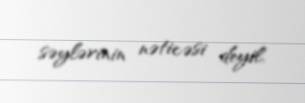
səylərinin nəticəsi deyil.